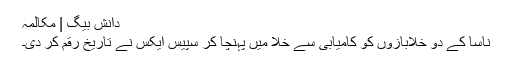
دانش بیگ | مکالمہ
ناسا کے دو خلابازوں کو کامیابی سے خلا میں پہنچا کر سپیس ایکس نے تاریخ رقم کر دی۔